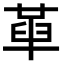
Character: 𠦶